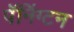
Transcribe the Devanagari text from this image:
पॅनिंग्टन